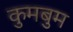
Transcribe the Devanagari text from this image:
कुमबुम